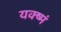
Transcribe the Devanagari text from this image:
यक्ष्मं